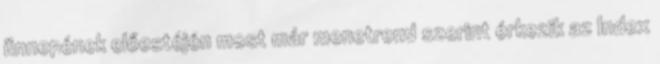
ünnepének előestéjén most már menetrend szerint érkezik az Index